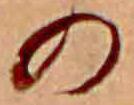
の